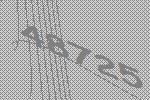
48725